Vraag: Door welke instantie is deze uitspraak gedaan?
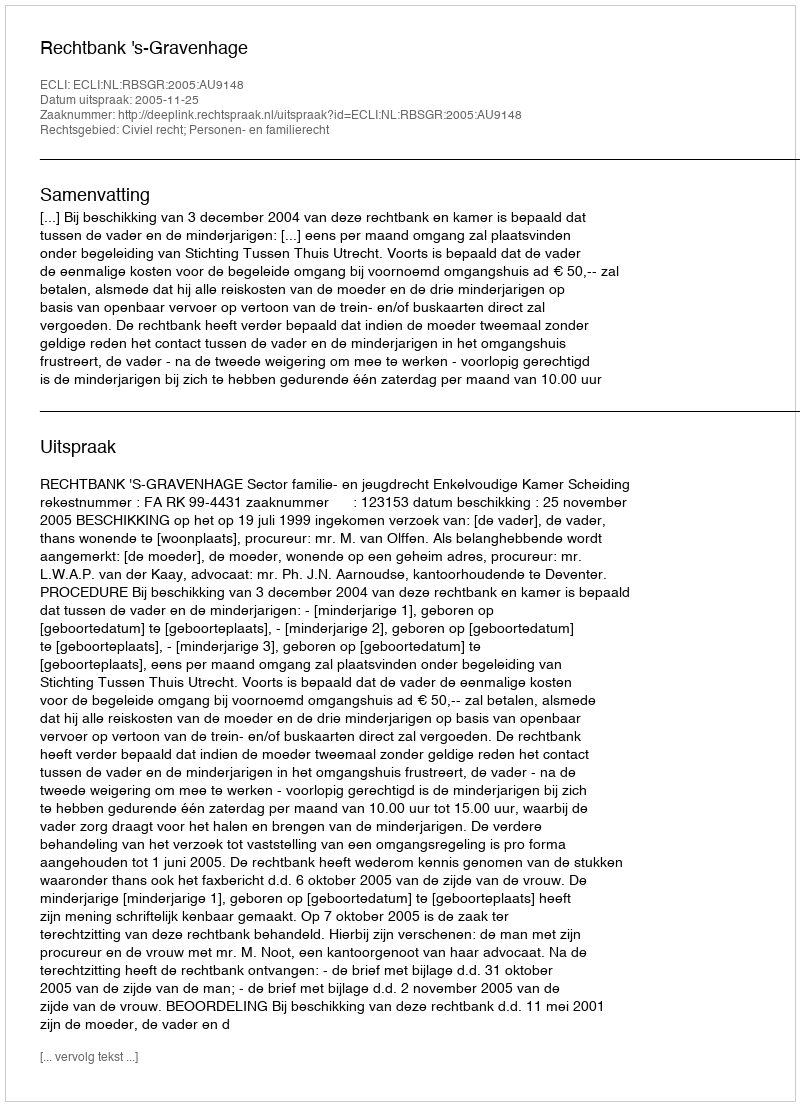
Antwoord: Rechtbank 's-Gravenhage